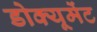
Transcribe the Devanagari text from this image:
डोक्यूमेंट